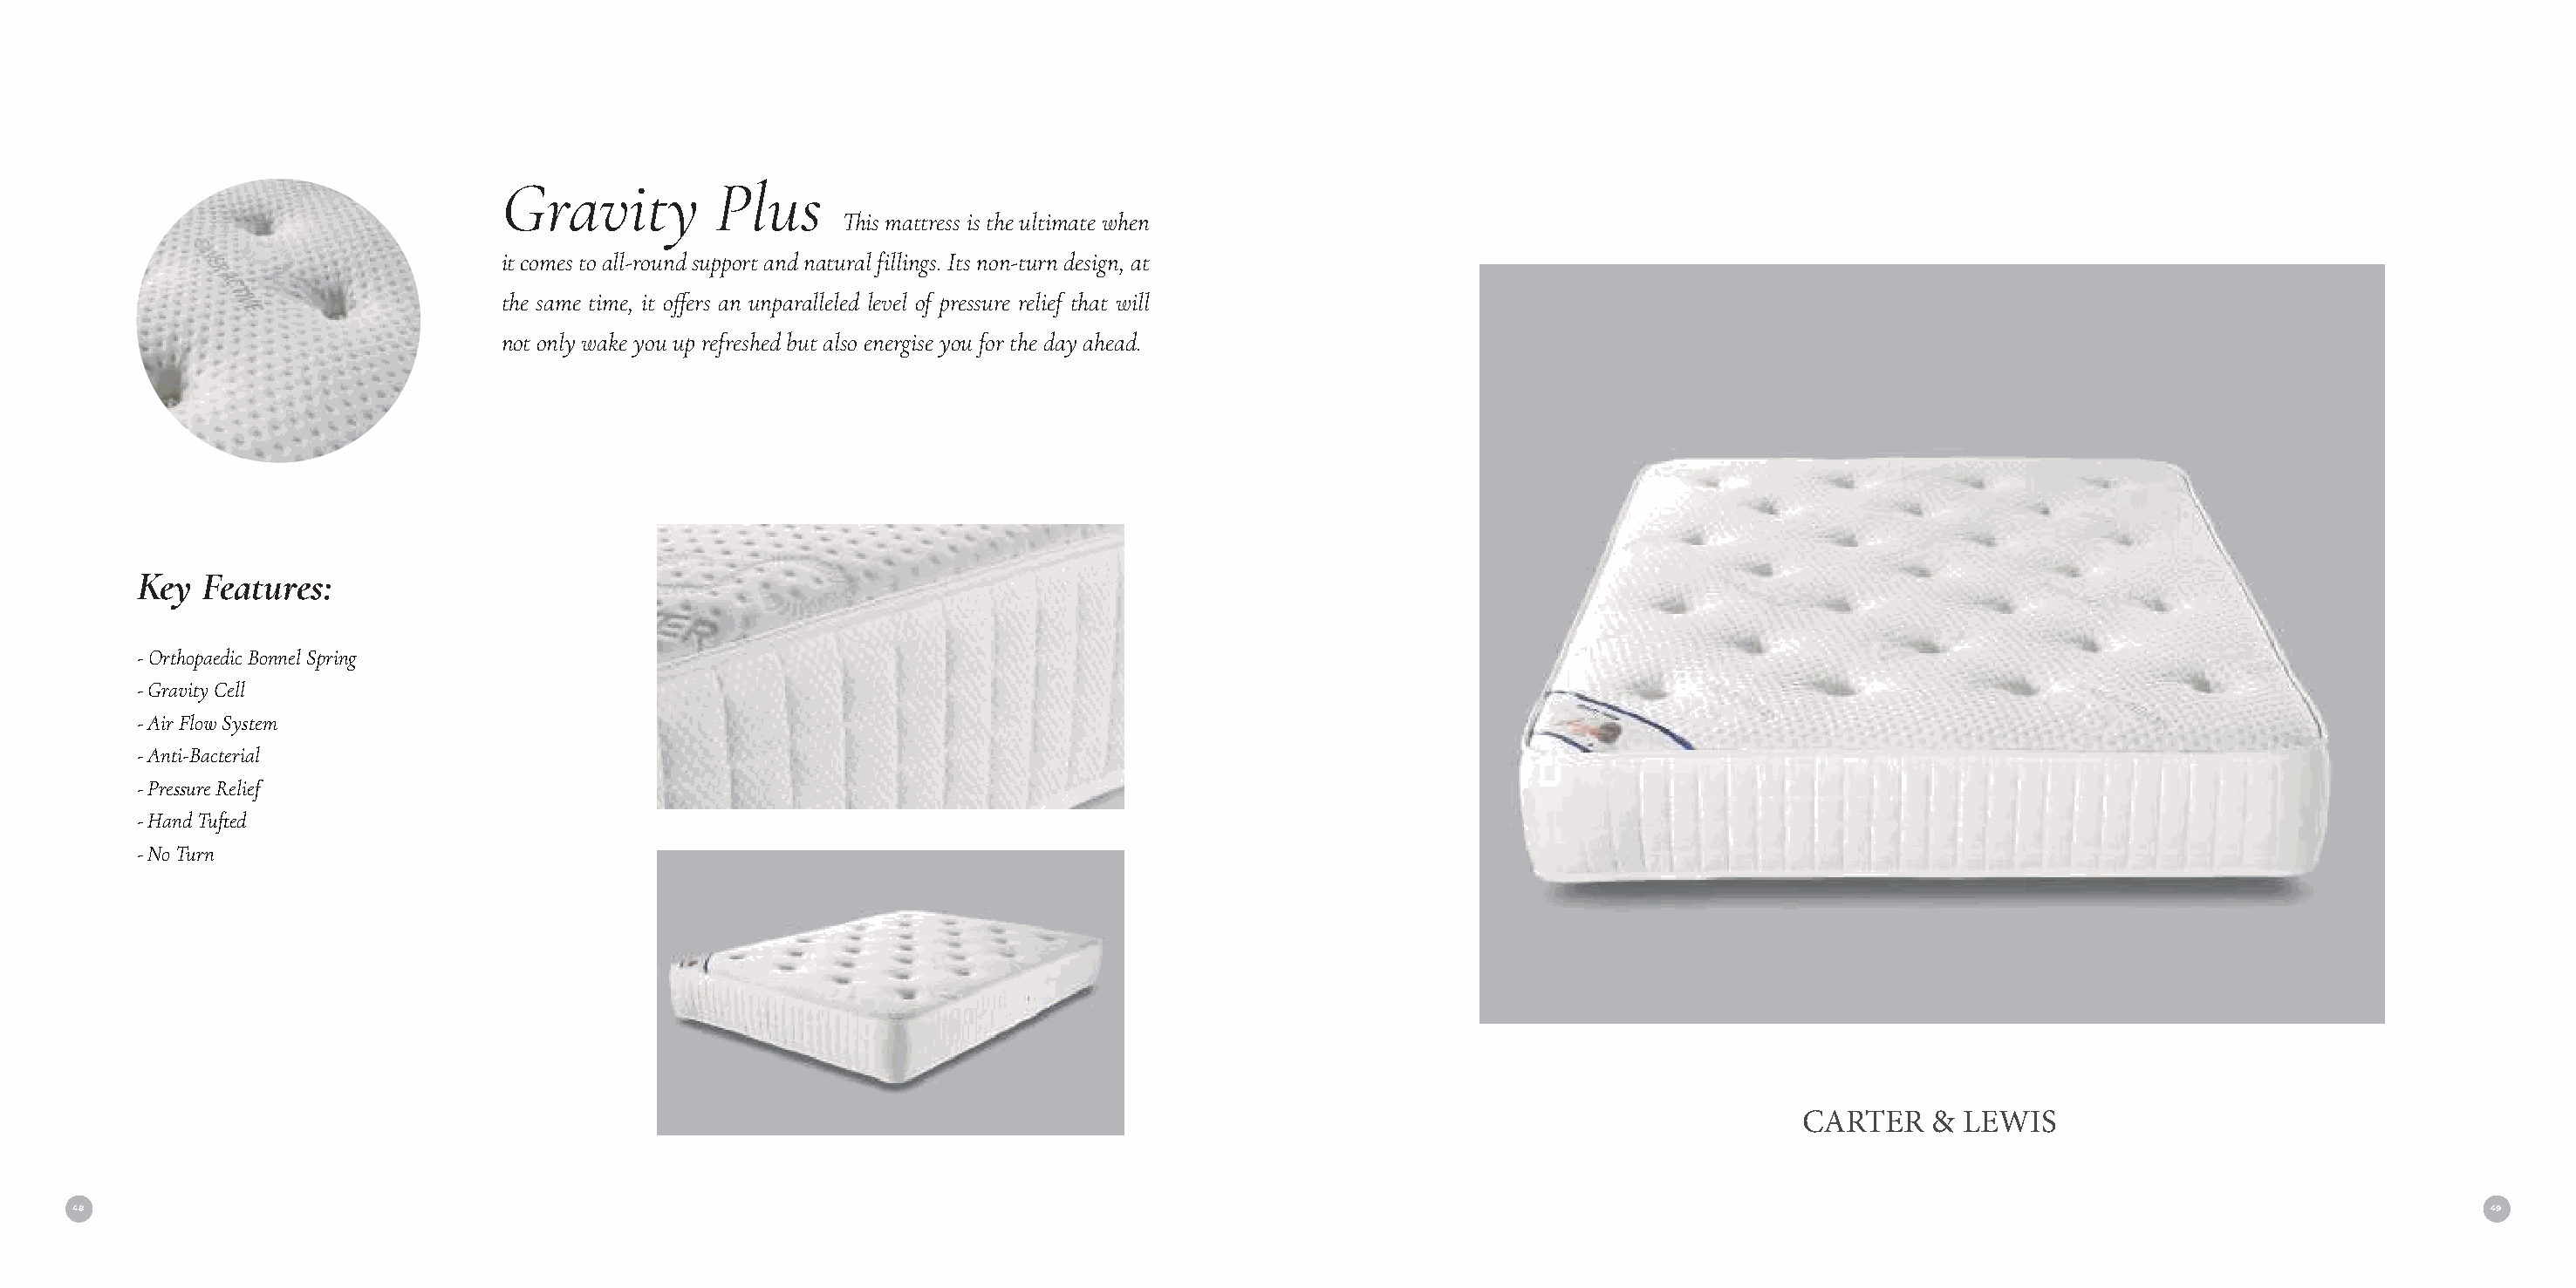
Gravity         Plus
 This mattress is the ultimate when
 it comes to all-round support and natural fillings. Its non-turn design, at
 the same time, it offers an unparalleled level of pressure relief that will
 not only wake you up refreshed but also energise you for the day ahead.
 Key  Features:
 - Orthopaedic Bonnel Spring
 - Gravity Cell
 - Air Flow System
 - Anti-Bacterial
 - Pressure Relief
 - Hand Tufted
 - No Turn
 CARTER    & LEWIS
 48                                                                                                                                                                                     49